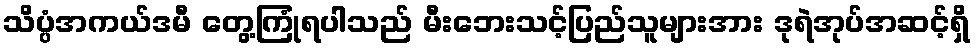
သိပ္ပံအကယ်ဒမီ တွေ့ကြုံရပါသည် မီးဘေးသင့်ပြည်သူများအား ဒုရဲအုပ်အဆင့်ရှိ